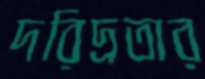
দরিদ্রতার